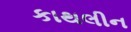
કાથલીન